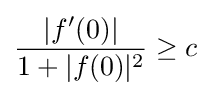
{\frac {|f'(0)|}{1+|f(0)|^{2}}}\geq c